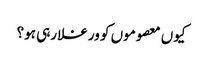
کیوں معصوموں کو ورغلا رہی ہو؟